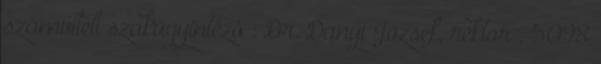
számviteli szakügyintézõ : Dr. Danyi József, rektor : 5098